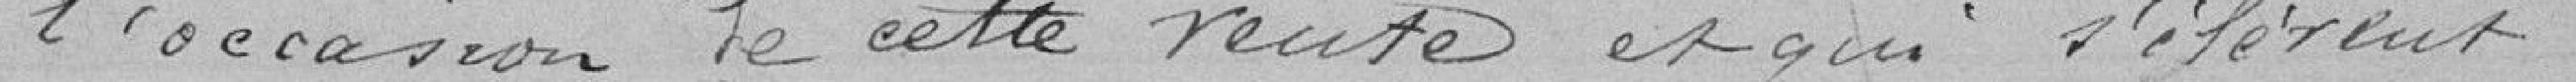
l'occasion de cette vente et qu'il s'élèvent,